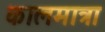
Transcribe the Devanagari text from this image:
कालमात्रा